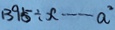
1 3 9 5 \div x \cdots a ^ { 2 }